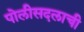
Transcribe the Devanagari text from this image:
पोलीसदलाची